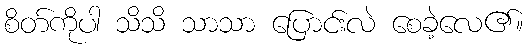
စိတ်ကိုပါ သိသိ သာသာ ပြောင်းလဲ စေခဲ့လေ၏။